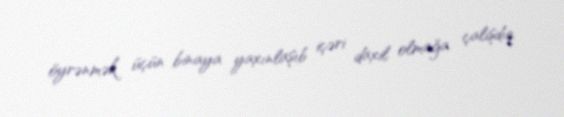
öyrənmək üçün binaya yaxınlaşıb içəri daxil olmağa çalışdıq.